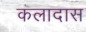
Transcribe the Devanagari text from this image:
कलादास